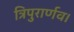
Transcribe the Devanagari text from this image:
त्रिपुरार्णव।